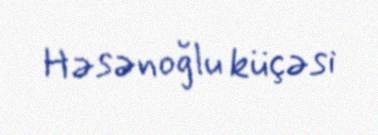
Həsənoğlu küçəsi